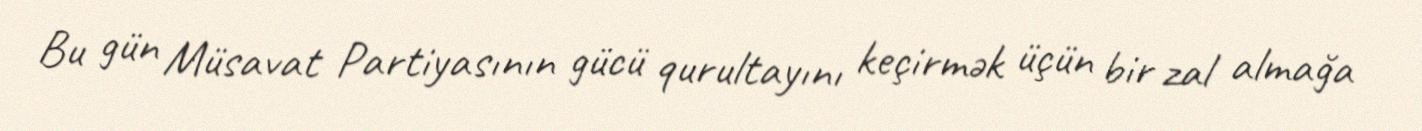
Bu gün Müsavat Partiyasının gücü qurultayını keçirmək üçün bir zal almağa